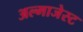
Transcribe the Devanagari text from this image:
अल्माजेस्ट